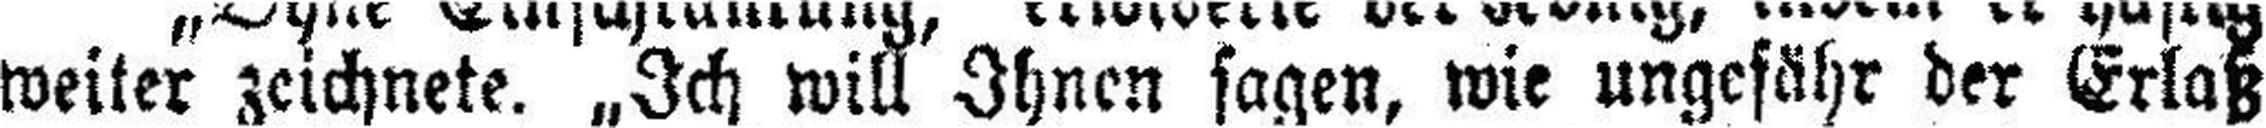
weiter zeichnete. „Ich will Ihnen sagen, wie ungefähr der Erlaß